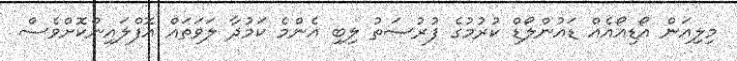
މިލިއަން އޯޑިއޯއެއް ޑައުންލޯޑް ކުރުމުގެ ފުރުސަތު ލިބި އެންމެ ކަމުދާ ލަވަތައް އޮފްލައިންކޮށްވެސް